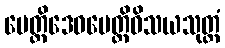
ပေတ္တိဒေဝပေတ္တိဝိသယသုတ္တံ